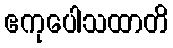
ဧကုပေါသထာတိ